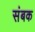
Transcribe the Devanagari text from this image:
संबक